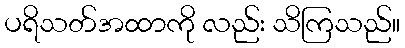
ပရိသတ်အထာကို လည်း သိကြသည်။